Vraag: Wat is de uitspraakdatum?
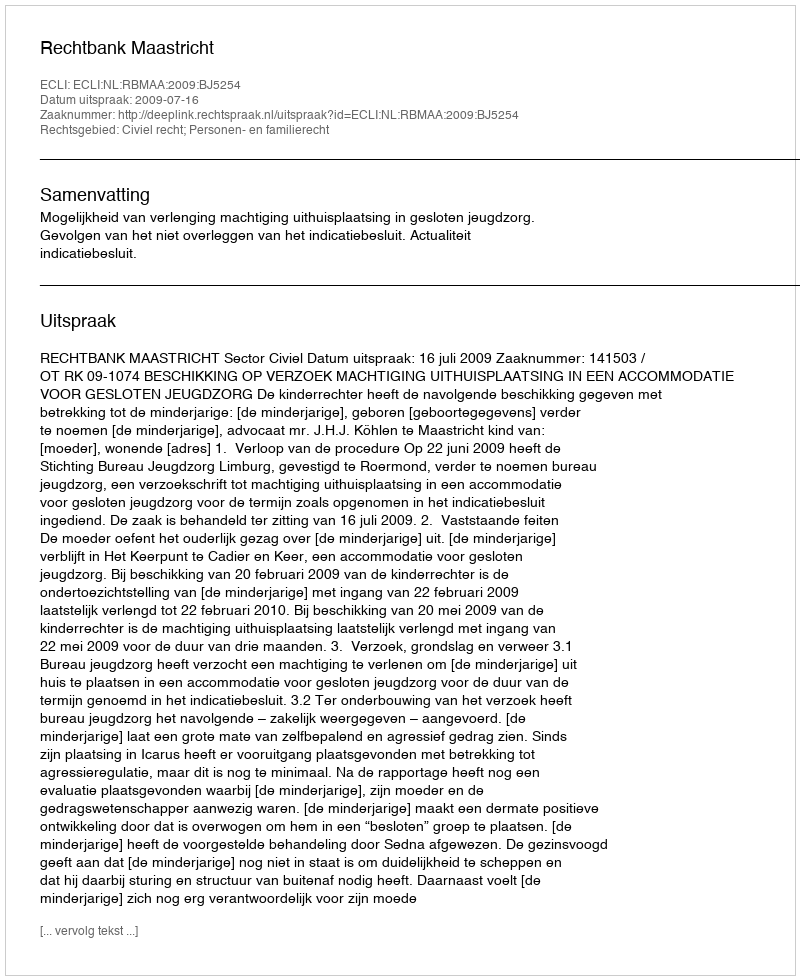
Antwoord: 2009-07-16